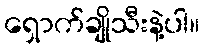
ရှောက်ချိုသီးနဲ့ပါ။